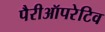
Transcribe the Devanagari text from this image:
पैरीऑपरेटिव